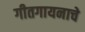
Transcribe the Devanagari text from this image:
गीतगायनाचे